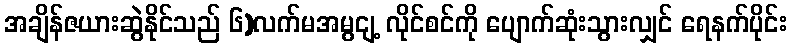
အချိန်ဇယားဆွဲနိုင်သည် ၆)လက်မအမွငျ့ လိုင်စင်ကို ပျောက်ဆုံးသွားလျှင် ရေနက်ပိုင်း